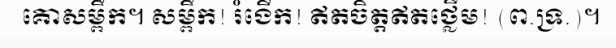
គោសម្ពឹក។ សម្ពឹក! រំងើក! ឥតចិត្តឥតថ្លើម! (ព.ទ្រ.)។